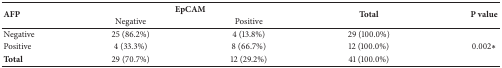
| <ROWSPAN=2> AFP | <COLSPAN=2> EpCAM | <ROWSPAN=2> Total | <ROWSPAN=2> P value |
 | Negative | Positive |
 | --- | --- | --- | --- | --- |
 | Negative | 25 (86.2%) | 4 (13.8%) | 29 (100.0%) |  |
 | Positive | 4 (33.3%) | 8 (66.7%) | 12 (100.0%) | 0.002∗ |
 | Total | 29 (70.7%) | 12 (29.2%) | 41 (100.0%) |  |